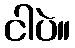
ငါပဲ။